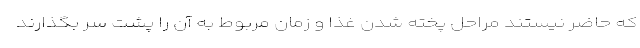
که حاضر نیستند مراحل پخته شدن غذا و زمان مربوط به آن را پشت سر بگذارند